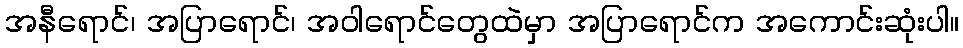
အနီရောင်၊ အပြာရောင်၊ အဝါရောင်တွေထဲမှာ အပြာရောင်က အကောင်းဆုံးပါ။